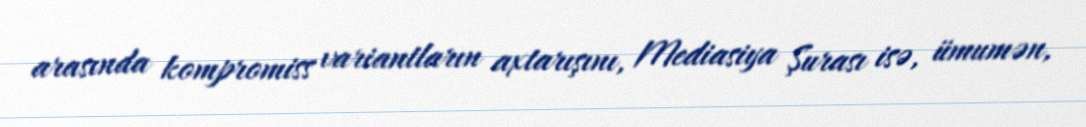
arasında kompromiss variantların axtarışını, Mediasiya Şurası isə, ümumən,